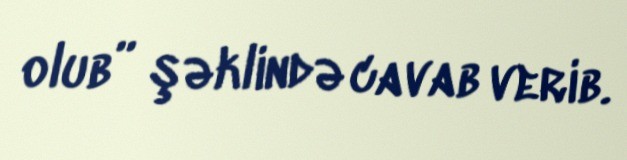
olub” şəklində cavab verib.